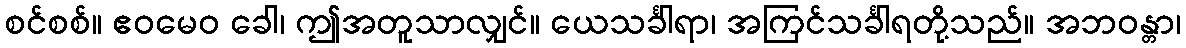
စင်စစ်။ ဧဝမေဝ ခေါ၊ ဤအတူသာလျှင်။ ယေသင်္ခါရာ၊ အကြင်သင်္ခါရတို့သည်။ အဘဝန္တာ၊